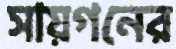
সায়গনের